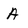
Character: A